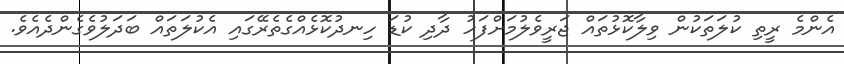
އެންމެ ރީތި ކުލަތަކުން ވިލާކޮޅުތައް ޖަރީވެލުމަށްފަހު ދާދި ކުޑަ ހިނދުކޮޅެއްގެތެރޭގައި އެކުލަތައް ބަދަލުވެގެންދެއެވެ.